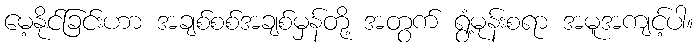
မေ့နိုင်ခြင်းဟာ အချစ်စစ်အချစ်မှန်တို့ အတွက် ရွံ့မုန်းစရာ အမူအကျင့်ပါ။